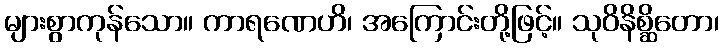
များစွာကုန်သော။ ကာရဏေဟိ၊ အကြောင်းတို့ဖြင့်။ သုဝိနိစ္ဆိတော၊